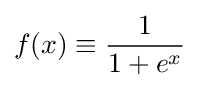
f(x)\equiv {\frac {1}{1+e^{x}}}